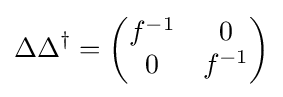
\Delta \Delta ^{\dagger }={\begin{pmatrix}f^{-1}&0\\0&f^{-1}\end{pmatrix}}